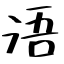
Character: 浯